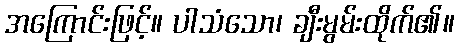
အကြောင်းဖြင့်။ ပါသံသော၊ ချီးမွမ်းထိုက်၏။